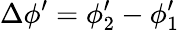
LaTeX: \Delta\phi^{\prime}=\phi_{2}^{\prime}-\phi_{1}^{\prime}